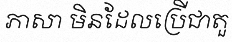
ភាសា មិនដែលប្រើជាតួ